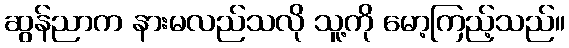
ဆွန်ညာက နားမလည်သလို သူ့ကို မော့ကြည့်သည်။